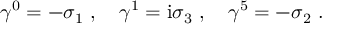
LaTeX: \gamma ^ { 0 } = - \sigma _ { 1 } \ , \quad \gamma ^ { 1 } = \mathrm { i } \sigma _ { 3 } \ , \quad \gamma ^ { 5 } = - \sigma _ { 2 } \ .